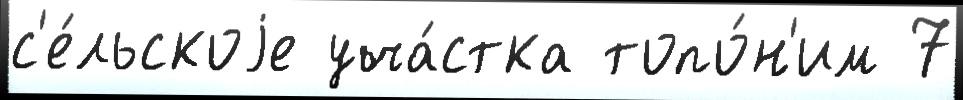
с'е́льскоjе уча́стка топо́н'им 7